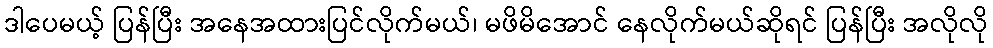
ဒါပေမယ့် ပြန်ပြီး အနေအထားပြင်လိုက်မယ်၊ မဖိမိအောင် နေလိုက်မယ်ဆိုရင် ပြန်ပြီး အလိုလို